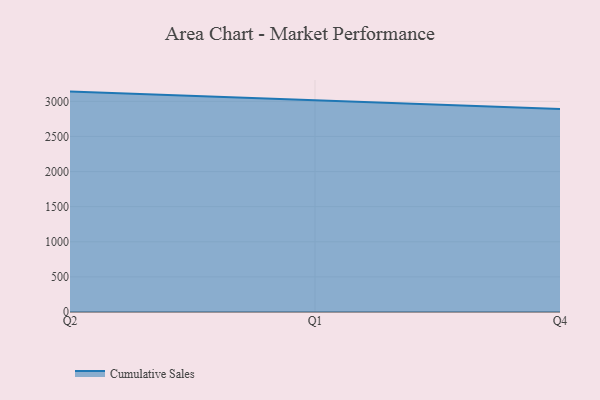
{"axis": {"x": "Quarter", "y": "Market Share (%)"}, "legend": ["Cumulative Sales"], "data": [{"x": "Q2", "y": 3139.0, "type": "Cumulative Sales"}, {"x": "Q1", "y": 3018.5, "type": "Cumulative Sales"}, {"x": "Q4", "y": 2890.9, "type": "Cumulative Sales"}]}